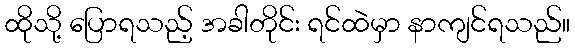
ထိုသို့ ပြောရသည့် အခါတိုင်း ရင်ထဲမှာ နာကျင်ရသည်။